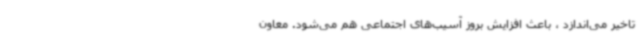
تاخیر می‌اندازد ، باعث افزایش بروز آسیب‌های اجتماعی هم می‌شود. معاون